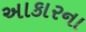
અાકારના